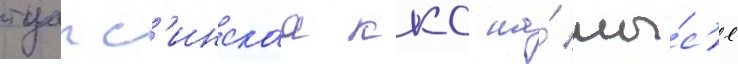
туапс'инскаа ккс на́ мы́с'е